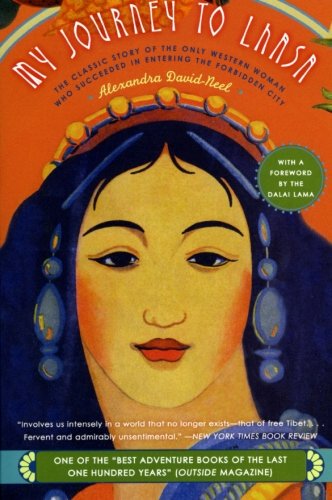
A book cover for My Journey to Lhasa: The Classic Story of the Only Western Woman Who Succeeded in Entering the Forbidden City; Alexandra David-Neel; Gay & Lesbian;